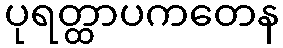
ပုရတ္ထာပကတေန